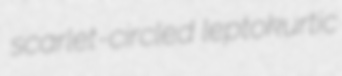
scarlet-circled leptokurtic